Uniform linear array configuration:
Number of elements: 48
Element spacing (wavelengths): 1
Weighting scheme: hann
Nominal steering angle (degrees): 0
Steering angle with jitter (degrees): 1.203
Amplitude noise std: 0.05
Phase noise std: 0.05

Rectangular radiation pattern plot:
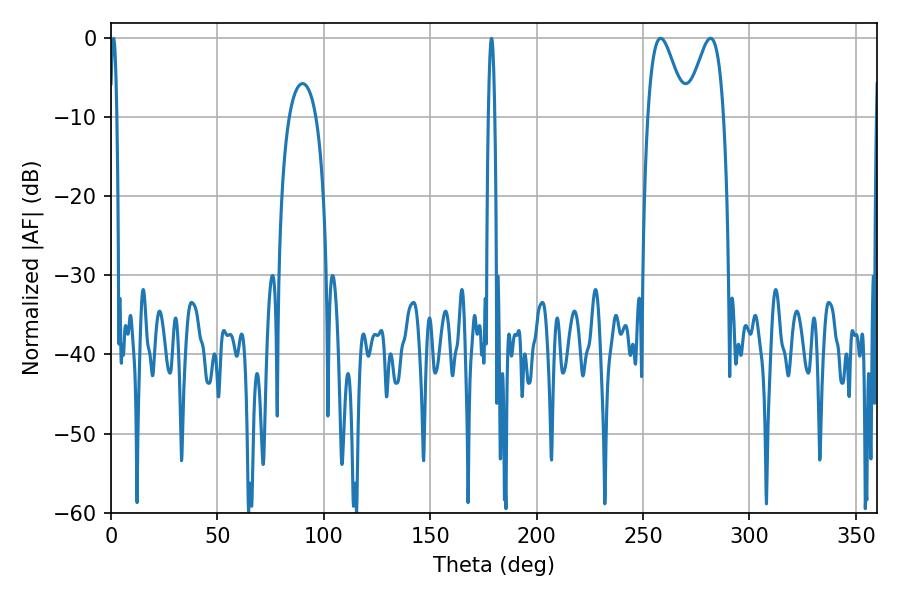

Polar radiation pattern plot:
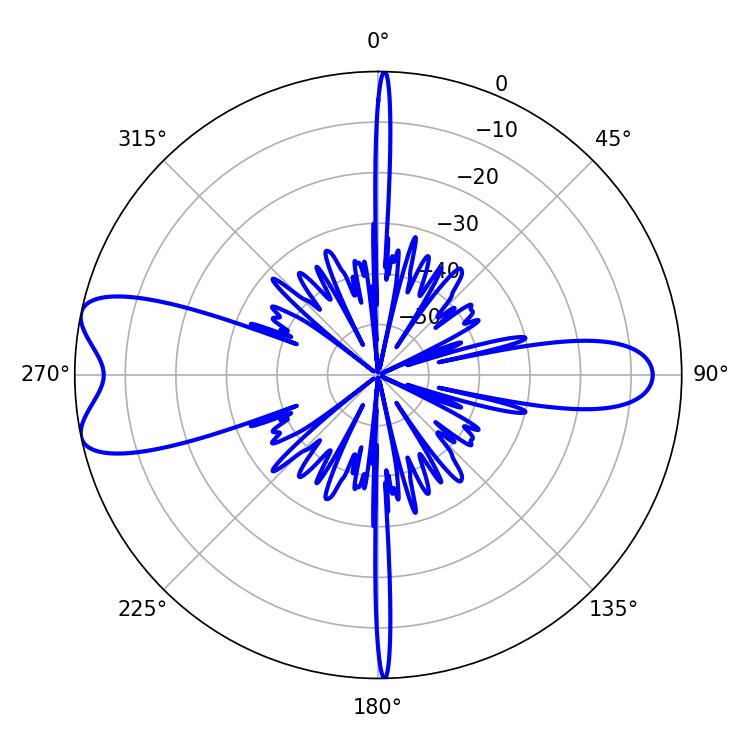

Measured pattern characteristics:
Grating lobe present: TRUE
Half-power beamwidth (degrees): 9.36
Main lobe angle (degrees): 258.3